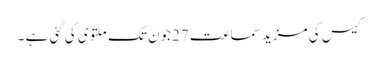
کیس کی مزید سماعت 27جون تک ملتوی کی گئی ہے ۔